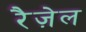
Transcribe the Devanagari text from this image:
रैज़ेल